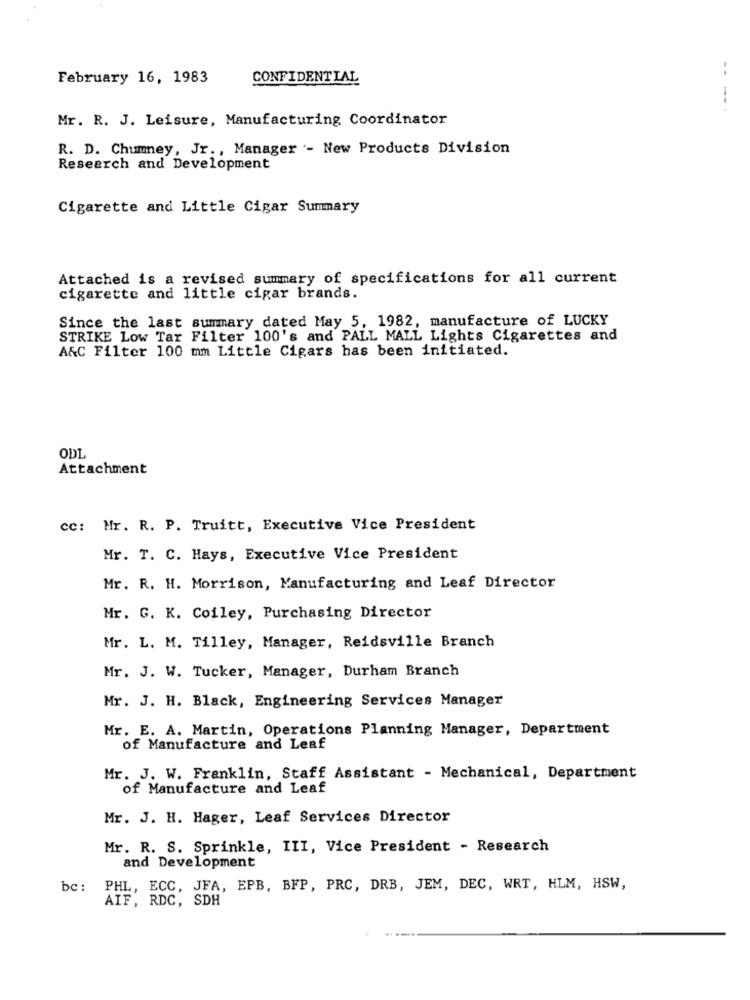
..
February 16, 1983
CONFIDENTIAL
Mr. R. J. Leisure, Manufacturing Coordinator
R. D. Chumney, Jr ., Manager - New Products Division
Research and Development
Cigarette and Little Cigar Summary
Attached is a revised summary of specifications for all current
cigarette and little cigar brands.
Since the last summary dated May 5, 1982, manufacture of LUCKY
STRIKE Low Tar Filter 100's and PALL MALL Lights Cigarettes and
A&C Filter 100 mm Little Cigars has been initiated.
ODL
Attachment
cc: Mr. R. P. Truitt, Executive Vice President
Mr. T. C. Hays, Executive Vice President
Mr. R. H. Morrison, Manufacturing and Leaf Director
Mr. G. K. Coiley, Purchasing Director
Mr. L. M. Tilley, Manager, Reidsville Branch
Mr. J. W. Tucker, Manager, Durham Branch
Mr. J. H. Black, Engineering Services Manager
Mr. E. A. Martin, Operations Planning Manager, Department
of Manufacture and Leaf
Mr. J. W. Franklin, Staff Assistant - Mechanical, Department
of Manufacture and Leaf
Mr. J. H. Hager, Leaf Services Director
Mr. R. S. Sprinkle, III, Vice President - Research
and Development
bc: PHL, ECC, JFA, EPB, BFP, PRC, DRB, JEM, DEC, WRT, HLM, HSW,
AIF, RDC, SDH